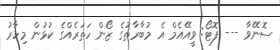
ސޮނޭވާ --- ފޮޓޯ: ވީއޭއެމް އެ މުބާރާތުގެ ޒޯން ހަތަރެއްގެ ކުޅުން މިހާރު